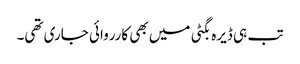
تب ہی ڈیرہ بگٹی میں بھی کارروائی جاری تھی۔